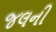
જલની